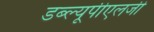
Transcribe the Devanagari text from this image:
डब्ल्यूपीएलजी